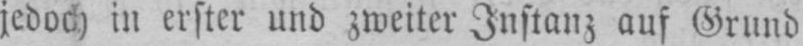
jedoch in erster und zweiter Instanz auf Grund